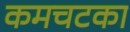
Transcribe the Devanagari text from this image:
कमचटका